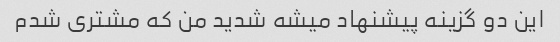
این دو گزینه پیشنهاد میشه شدید من که مشتری شدم